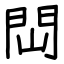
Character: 閊